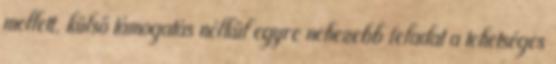
mellett, külső támogatás nélkül egyre nehezebb feladat a tehetséges